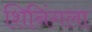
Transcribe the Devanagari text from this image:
शिनिंगला